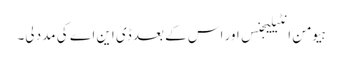
ہیومن انٹیلیجنس اور اس کے بعد ڈی این اے کی مدد لی۔